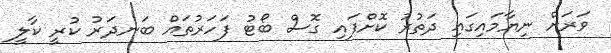
ވަރަށް ނިޔާމައިގައި ދަތުރު ކޮށްފައި ގޮސް ބޯޓު ފަހަރުތައް ބަނދަރު ކުރީ ކާލީ